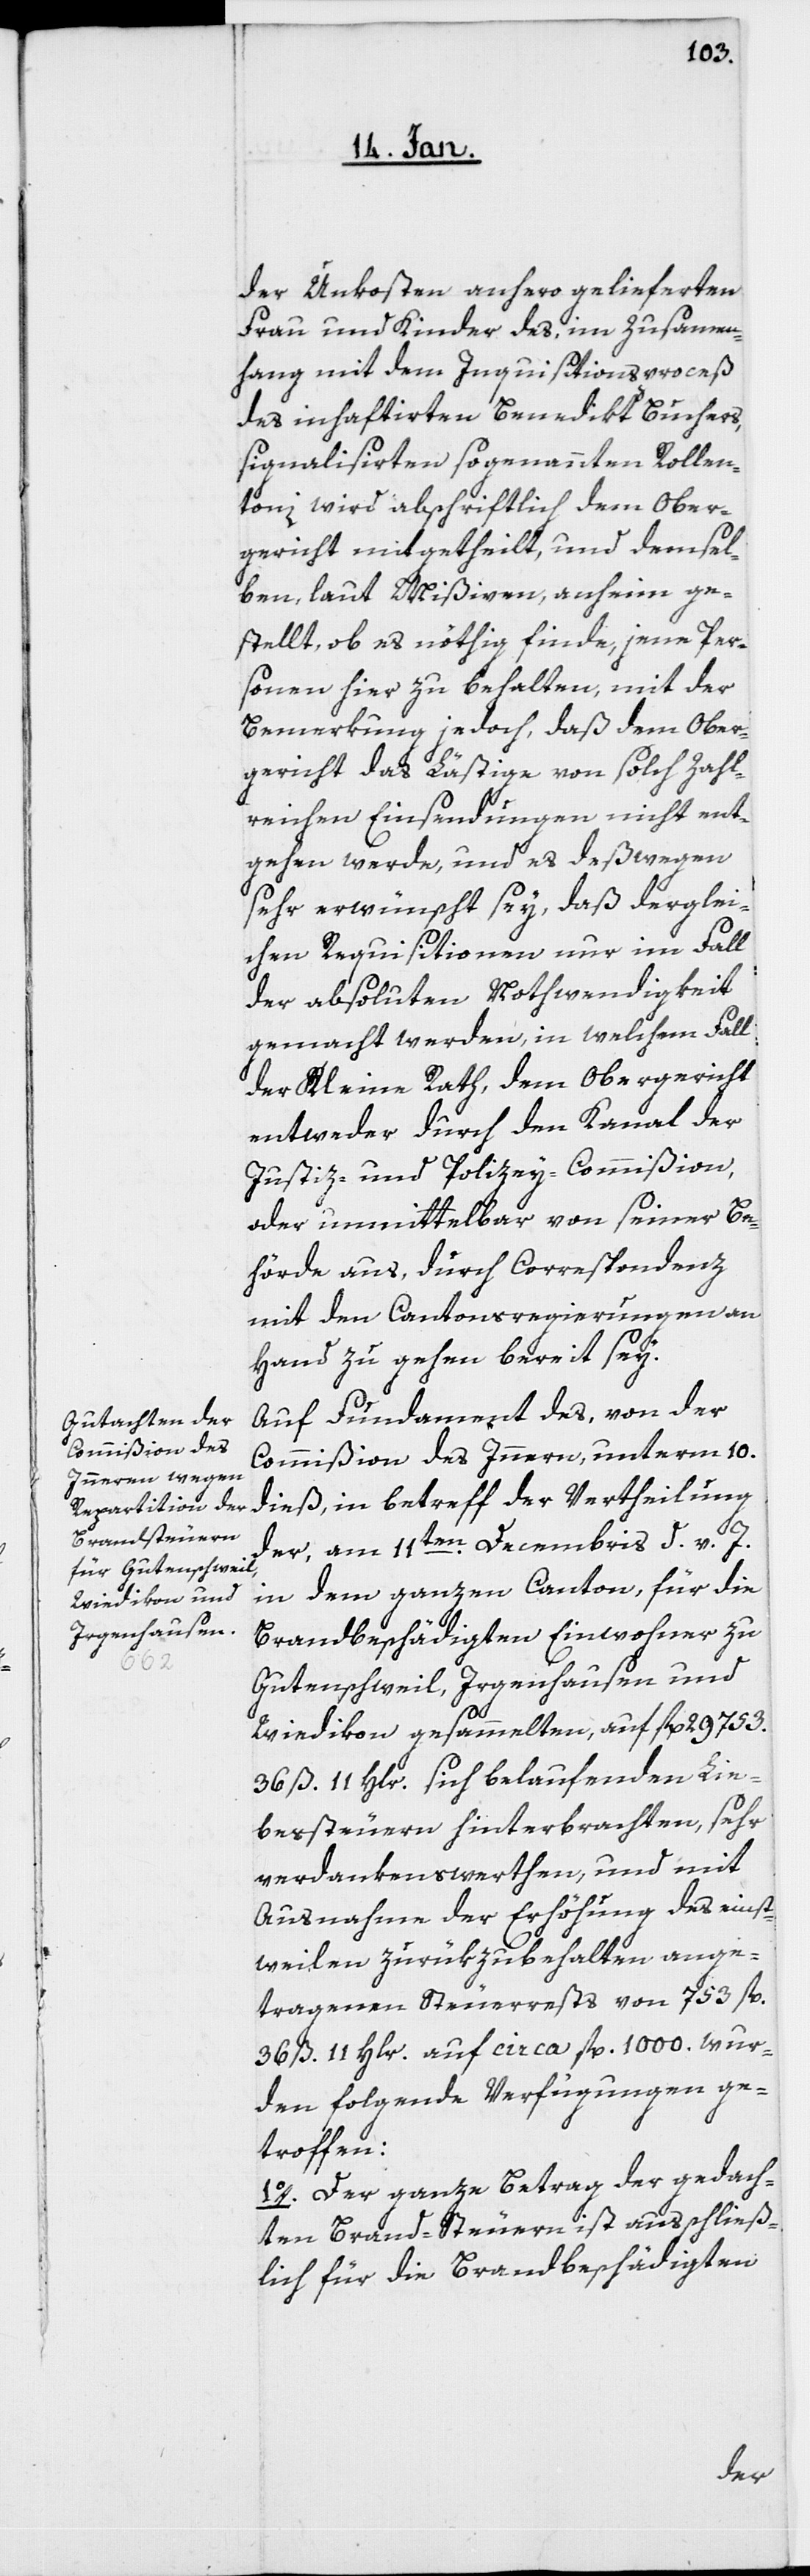
der Unkosten anhero gelieferten
Frau und Kinder des, im Zusammen¬
hang mit dem Inquisitionsproceß
des inhaftierten Benedikt Buchers,
signalisierten sogenannten Rollen¬
toni, wird abschriftlich dem Ober¬
gericht mitgetheilt, und demsel¬
ben, laut Mißiven, anheim ge¬
stellt, ob es nöthig finde, jene Per¬
sonen hier zu behalten, mit der
Bemerkung jedoch, daß dem Ober¬
gericht das Lästige von solch Zahl¬
reichen Einsendungen nicht ent¬
gehen werde, und es deßwegen
sehr erwünscht sey, daß derglei¬
chen Requisitionen nur im Fall
der absoluten Nothwendigkeit
gemacht werden, in welchem Fall
der Kleine Rath, dem Obergericht
entweder durch den Kanal der
Justiz- und Polizey-Commißion,
oder unmittelbar von seiner Be¬
hörde aus, durch Correspondenz
mit den Cantonsregierungen an
Hand zu gehen bereit sey.
Auf Fundament des, von der
Commißion des Innern, unterm 10.
dieß, in betreff der Vertheilung
der, am 11ten. Decembris d. v. J.
in dem ganzen Canton, für die
Brandbeschädigten Einwohner zu
Gutenschweil, Irgenhausen und
Wiedikon gesammelten, auf fl. 29753.
36 ß. 11 Hlr. sich belaufenden Lie¬
bessteuern hinterbrachten, sehr
verdankenswerthen und mit
Ausnahme der Erhöhung des einst¬
weilen zurükzubehalten ange¬
tragenen Steuerrests von 753 fl.
36 ß. 11 Hlr. auf circa fl. 1000. wur¬
den folgende Verfügungen ge¬
troffen:
1o. Der ganze Betrag der gedach¬
ten Brand-Steuern ist ausschließ¬
lich für die Brandbeschädigten